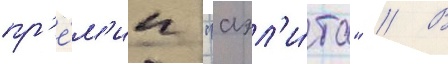
пр'е́м'ии "аэл'и́та" // В